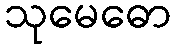
သုမေဓော